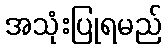
အသုံးပြုရမည်